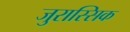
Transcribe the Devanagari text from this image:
जुरास्सिक